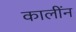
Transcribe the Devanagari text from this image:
कालींन